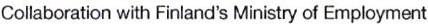
Collaboration with Finland's Ministry of Employment